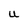
Character: U